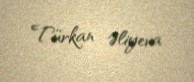
Türkan Əliyeva